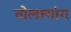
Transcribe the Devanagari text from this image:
वोल्फ़्गांग